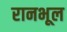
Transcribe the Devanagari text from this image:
रानभूल